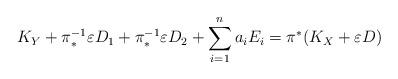
LaTeX: \begin{align*}K_Y+\pi_{*}^{-1}\varepsilon D_1+\pi_{*}^{-1}\varepsilon D_2+\sum_{i=1}^n a_iE_i=\pi^{*}(K_X+\varepsilon D)\end{align*}